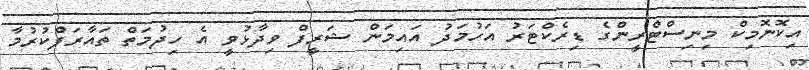
އިކޮނޮމިކް މިނިސްޓްރީންގެ ޑިރެކްޓަރު އަހުމަދު އައިމަން ޝަރީފް ވިދާޅުވީ އެ ހިދުމަތް ތައާރަފްކުރުމާ